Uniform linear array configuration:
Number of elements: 24
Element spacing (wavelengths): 1
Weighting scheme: kaiser
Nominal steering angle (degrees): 60
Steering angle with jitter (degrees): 60.302
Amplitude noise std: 0.05
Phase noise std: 0.05

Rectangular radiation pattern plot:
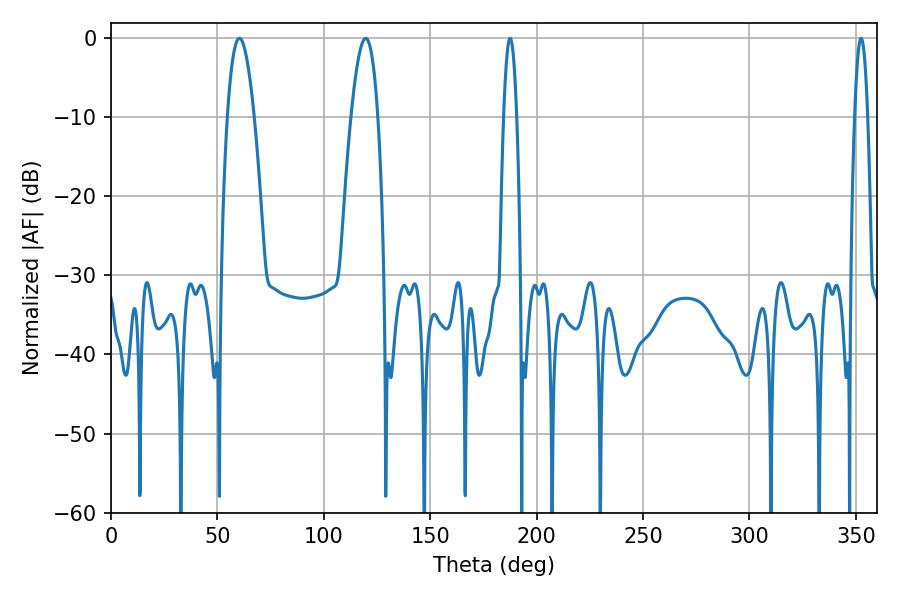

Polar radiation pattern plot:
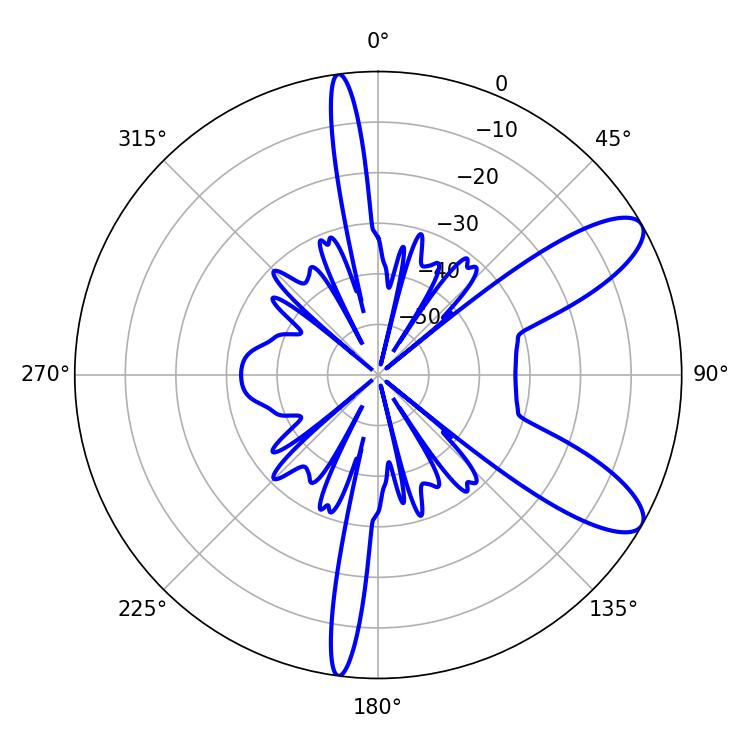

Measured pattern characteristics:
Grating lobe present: TRUE
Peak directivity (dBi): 9.782
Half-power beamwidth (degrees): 6.84
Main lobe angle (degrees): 60.3